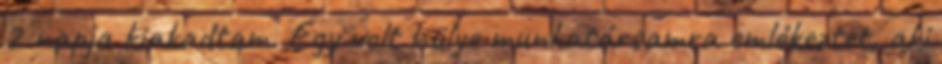
2 napja kiakadtam. Egy volt hülye munkatársamra emlékeztet, aki